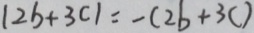
\vert 2 b + 3 c \vert = - ( 2 b + 3 c )